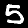
Digit: 5